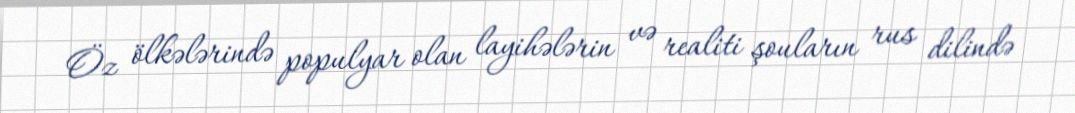
Öz ölkələrində populyar olan layihələrin və realiti şouların rus dilində